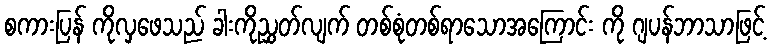
စကားပြန် ကိုလှဖေသည် ခါးကိုညွှတ်လျက် တစ်စုံတစ်ရာသောအကြောင်း ကို ဂျပန်ဘာသာဖြင့်